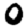
Digit: 0